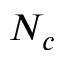
N _ { c }